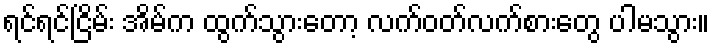
ရင်ရင်ငြိမ်း အိမ်က ထွက်သွားတော့ လက်ဝတ်လက်စားတွေ ပါမသွား။